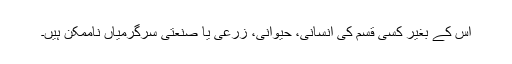
اس کے بغیر کسی قسم کی انسانی، حیوانی، زرعی یا صنعتی سرگرمیاں ناممکن ہیں۔